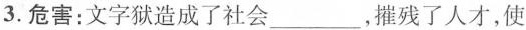
3.危害：文字狱造成了社会___，摧残了人才，使